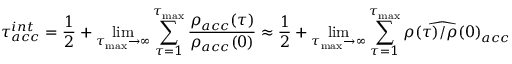
\tau _ { a c c } ^ { i n t } = \frac { 1 } { 2 } + \operatorname* { l i m } _ { \tau _ { \mathrm { m a x } } \rightarrow \infty } \sum _ { \tau = 1 } ^ { \tau _ { \mathrm { m a x } } } \frac { \rho _ { a c c } ( \tau ) } { \rho _ { a c c } ( 0 ) } \approx \frac { 1 } { 2 } + \operatorname* { l i m } _ { \tau _ { \mathrm { m a x } } \rightarrow \infty } \sum _ { \tau = 1 } ^ { \tau _ { \mathrm { m a x } } } \widehat { \rho ( \tau ) / \rho ( 0 ) } _ { a c c }